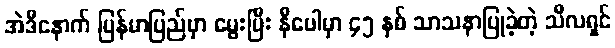
အဲဒီနောက် မြန်မာပြည်မှာ မွေးပြီး နီပေါမှာ ၄၅ နှစ် သာသနာပြုခဲ့တဲ့ သီလရှင်